Scottish Leaving Certificate Examination, 1952
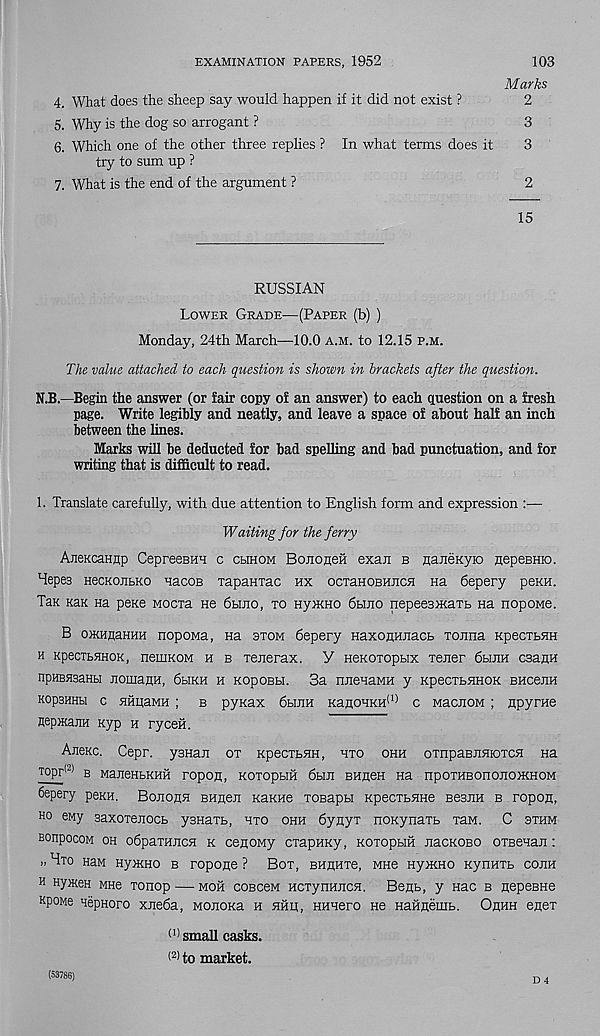
EXAMINATION PAPERS, 1952
103
Marks
4. What does the sheep say would happen if it did not exist ?
2
5. Why is the dog so arrogant ?
3
6. Which one of the other three replies ? In what terms does it
3
try to sum up ?
7. What is the end of the argument ?
2
15
RUSSIAN
Lower Grade-—(Paper (b) )
Monday, 24th March—10.0 a.m. to 12.15 P.M.
The value attached to each question is shown in brackets after the question.
N.B.—Begin the answer (or fair copy of an answer) to each question on a fresh
page. Write legibly and neatly, and leave a space of about half an inch
between the lines.
Marks will be deducted for bad spelling and bad punctuation, and for
writing that is difficult to read.
1. Translate carefully, with due attention to English form and expression :—
Waiting for the ferry
AneKcannp CepreeBHH c chhom BononeH exan b RaneKyio nepeBHio.
Mepes HecKojibKo nacoB Tapamac hx ocraHOBHncH na 6epery peKH.
Tax kek na pexe moctr He 6hjto, to nyiKHO 6hjio nepeeaxiaTb Ha nopoMe.
B OHHflaHHH nopoMa, na stom 6epery naxoRHnacb TOJina KpecxbHH
h KpecTbHHOK, neniKOM h b Teiierax. Y HeKOiopbix xener Ohjih caam
npHBHsaHbi jiouiaRH, 6biKH h KopoBH. 3a nnenaMH y KpecxbHHOK BHcenH
KopsHHH c HHqaMH ; b pynax 6hjih KanoHKH (1> c MacnoM ; npyrae
HepmanH Kyp h ryceii.
Ajibkc, Cepr. ysnaii ox KpecxbHH, hto ohh oxnpaBJiHioTCH na
TOpr ( ‘ ) B MajieHbKHH ropojl, KOTOpblH 6bIJI BHfleH Ha npOTHBOnOJIOIKHOM
6epery peKH. Bojiohh BHRen KaKHe xosapH KpecxbHHe BesiiH b ropon,
ho eny saxorenocb ysHaxb, hto ohh 6ynyx noKynaxb xaM. C othm
BonpocoM oh odpaxHiicH k cenowy cxapHKy, Koxopbiii nacKOBO OTBenan:
Hto naM HyxiHo b ropone ? Box, BHnnxe, mhc nyiKHO KynHXb cojih
h HyneH Mne xonop — moh coBceM HcxynHncH. BeHb, y nac b nepeBHe
Kpowe Hepnoro xneSa, MonoKa h hhk, HHnero He Haiineiiib. Orhh enex
(1) small casks.
(2) to market.
(53786)
D ,